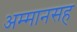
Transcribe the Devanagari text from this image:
अम्मानसह